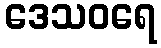
ဒေသဝရေ